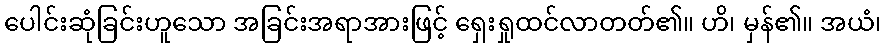
ပေါင်းဆုံခြင်းဟူသော အခြင်းအရာအားဖြင့် ရှေးရှုထင်လာတတ်၏။ ဟိ၊ မှန်၏။ အယံ၊